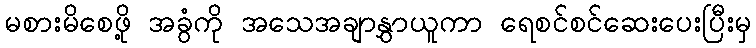
မစားမိစေဖို့ အခွံကို အသေအချာနွှာယူကာ ရေစင်စင်ဆေးပေးပြီးမှ